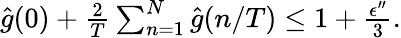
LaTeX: \begin{array}{r}{\hat{g}(0)+\frac{2}{T}\sum_{n=1}^{N}\hat{g}(n/T)\le 1+\frac{\epsilon^{\prime\prime}}{3}.}\end{array}